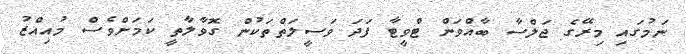
ނަމުގައި މިރޭގެ ޖަލްސާ ބާއްވަން ޓްވީޓާ ފަދަ ވަސީލަތްތަކުން ގޮވާލާތީ ކަމަށްވެސް މުއިއްޒު